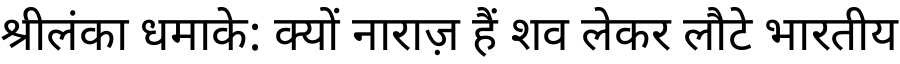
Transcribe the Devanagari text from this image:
श्रीलंका धमाके: क्यों नाराज़ हैं शव लेकर लौटे भारतीय